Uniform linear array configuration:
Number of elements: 16
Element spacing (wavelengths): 0.75
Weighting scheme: uniform
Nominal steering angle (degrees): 0
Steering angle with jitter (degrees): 0.2989
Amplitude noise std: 0.05
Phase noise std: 0.05

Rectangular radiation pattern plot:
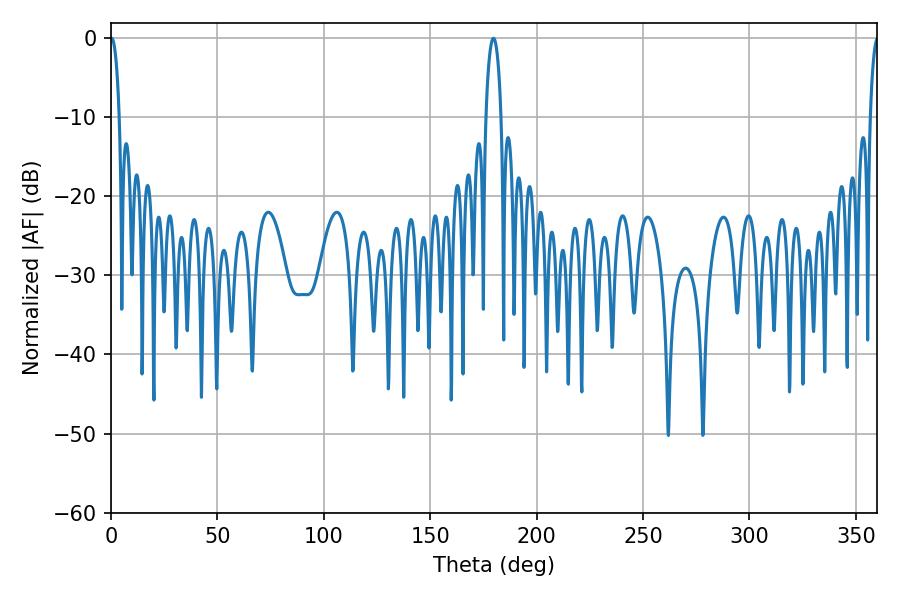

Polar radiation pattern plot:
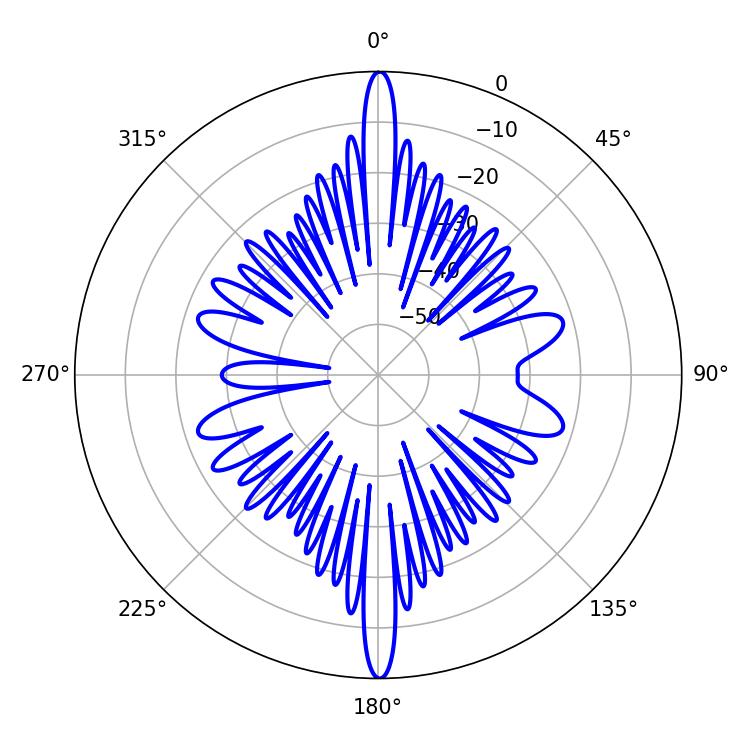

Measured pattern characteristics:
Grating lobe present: TRUE
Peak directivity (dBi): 33.034
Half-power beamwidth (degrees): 4.14
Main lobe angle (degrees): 179.64